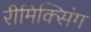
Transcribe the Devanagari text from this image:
रीमिक्सिंग